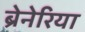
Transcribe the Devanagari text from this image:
ब्रेनेरिया